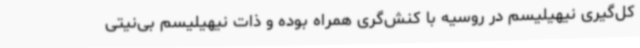
کل‌گیری نیهیلیسم در روسیه با کنش‌گری همراه بوده و ذات نیهیلیسم بی‌نیتی